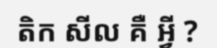
តិក សីល គឺ អ្វី ?